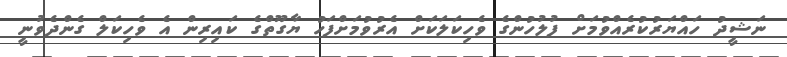
ނަޝީދު ހައްޔަރުކުރެއްވުމަށް ފުލުހުންގެ ވެހިކަލަކަށް އެރުވުމަށްފަހު ޔާގޫތްގެ ކައިރިން އެ ވެހިކަލް ގެންދެވުނީ